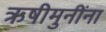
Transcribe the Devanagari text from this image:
ऋषीमुनींना